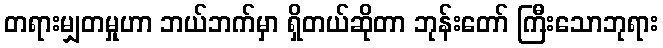
တရားမျှတမှုဟာ ဘယ်ဘက်မှာ ရှိတယ်ဆိုတာ ဘုန်းတော် ကြီးသောဘုရား